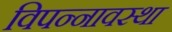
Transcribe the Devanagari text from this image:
विपन्नावस्था